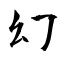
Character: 幻